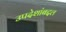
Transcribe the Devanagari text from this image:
उपदेशांबद्दल